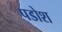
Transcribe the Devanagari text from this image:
पडोश